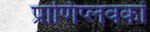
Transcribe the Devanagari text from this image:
प्राणिप्लवकों